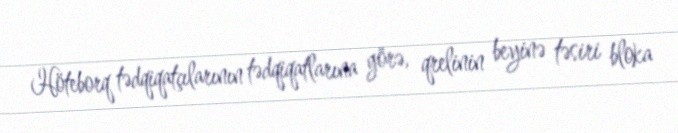
Höteborq tədqiqatçılarının tədqiqatlarına görə, qrelinin beyinə təsiri bloka